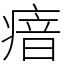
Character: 瘖